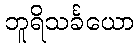
ဘူရိသင်္ခယော